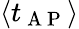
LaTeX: \left\langle t_{\mathrm{~A~P~}}\right\rangle